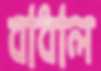
বাধাল